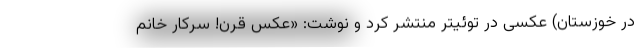
در خوزستان) عکسی در توئیتر منتشر کرد و نوشت: «عکسِ قرن! سرکار خانم